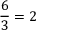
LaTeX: { \frac { 6 } { 3 } } = 2